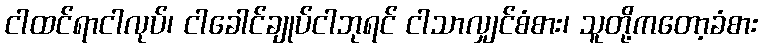
ငါထင်ရာငါလုပ်၊ ငါခေါင်ချုပ်ငါဘုရင် ငါသာလျှင်စံစား၊ သူတို့ကတော့ခံစား